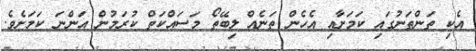
އެކި ތަންތަނުގައި ކަމަށާއި އެހެން ތަނެއް ލިބޭތޯ މަސައްކަތް ކުރަމުން އަންނަ ކަމަށެވެ.